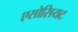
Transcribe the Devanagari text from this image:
एसोसियट